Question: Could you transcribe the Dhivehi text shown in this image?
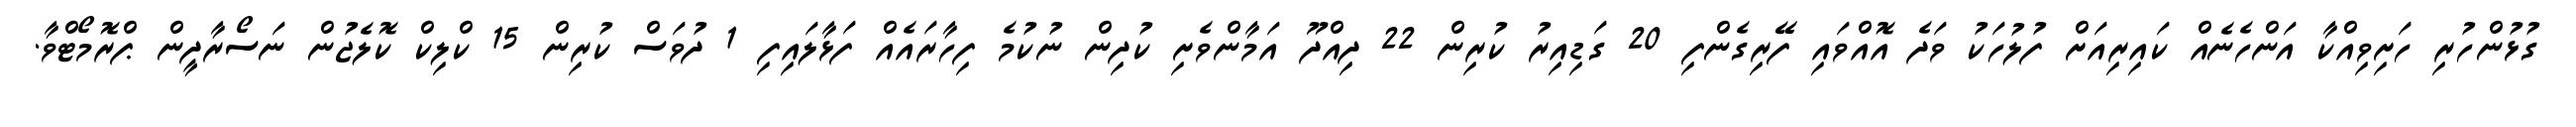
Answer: ގުޅުންހުރި ހަށިވިއްކާ އަންހެނެއް ކައިރިއަށް ފުލުހަކު ވަދެ އޮއްވައި ފޭރިގެންފި 20 ގަޑިއިރު ކުރިން 22 ދިއްދޫ އަމާންވެށި ކުދިން ނުކުމެ ފިހާރައެއް ފަޅާލައިފި 1 ދުވަސް ކުރިން 15 ކްލިކް ކޮލެޖުން ނަސޯރާދީން ޕްރޮމޯޓްވާ.